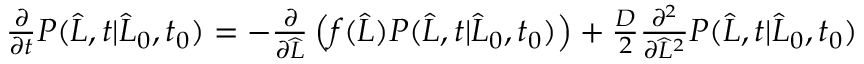
\begin{array} { r } { \frac { \partial } { \partial t } P ( \widehat { L } , t | \widehat { L } _ { 0 } , t _ { 0 } ) = - \frac { \partial } { \partial \widehat { L } } \left( f ( \widehat { L } ) P ( \widehat { L } , t | \widehat { L } _ { 0 } , t _ { 0 } ) \right) + \frac { D } { 2 } \frac { \partial ^ { 2 } } { \partial \widehat { L } ^ { 2 } } P ( \widehat { L } , t | \widehat { L } _ { 0 } , t _ { 0 } ) } \end{array}